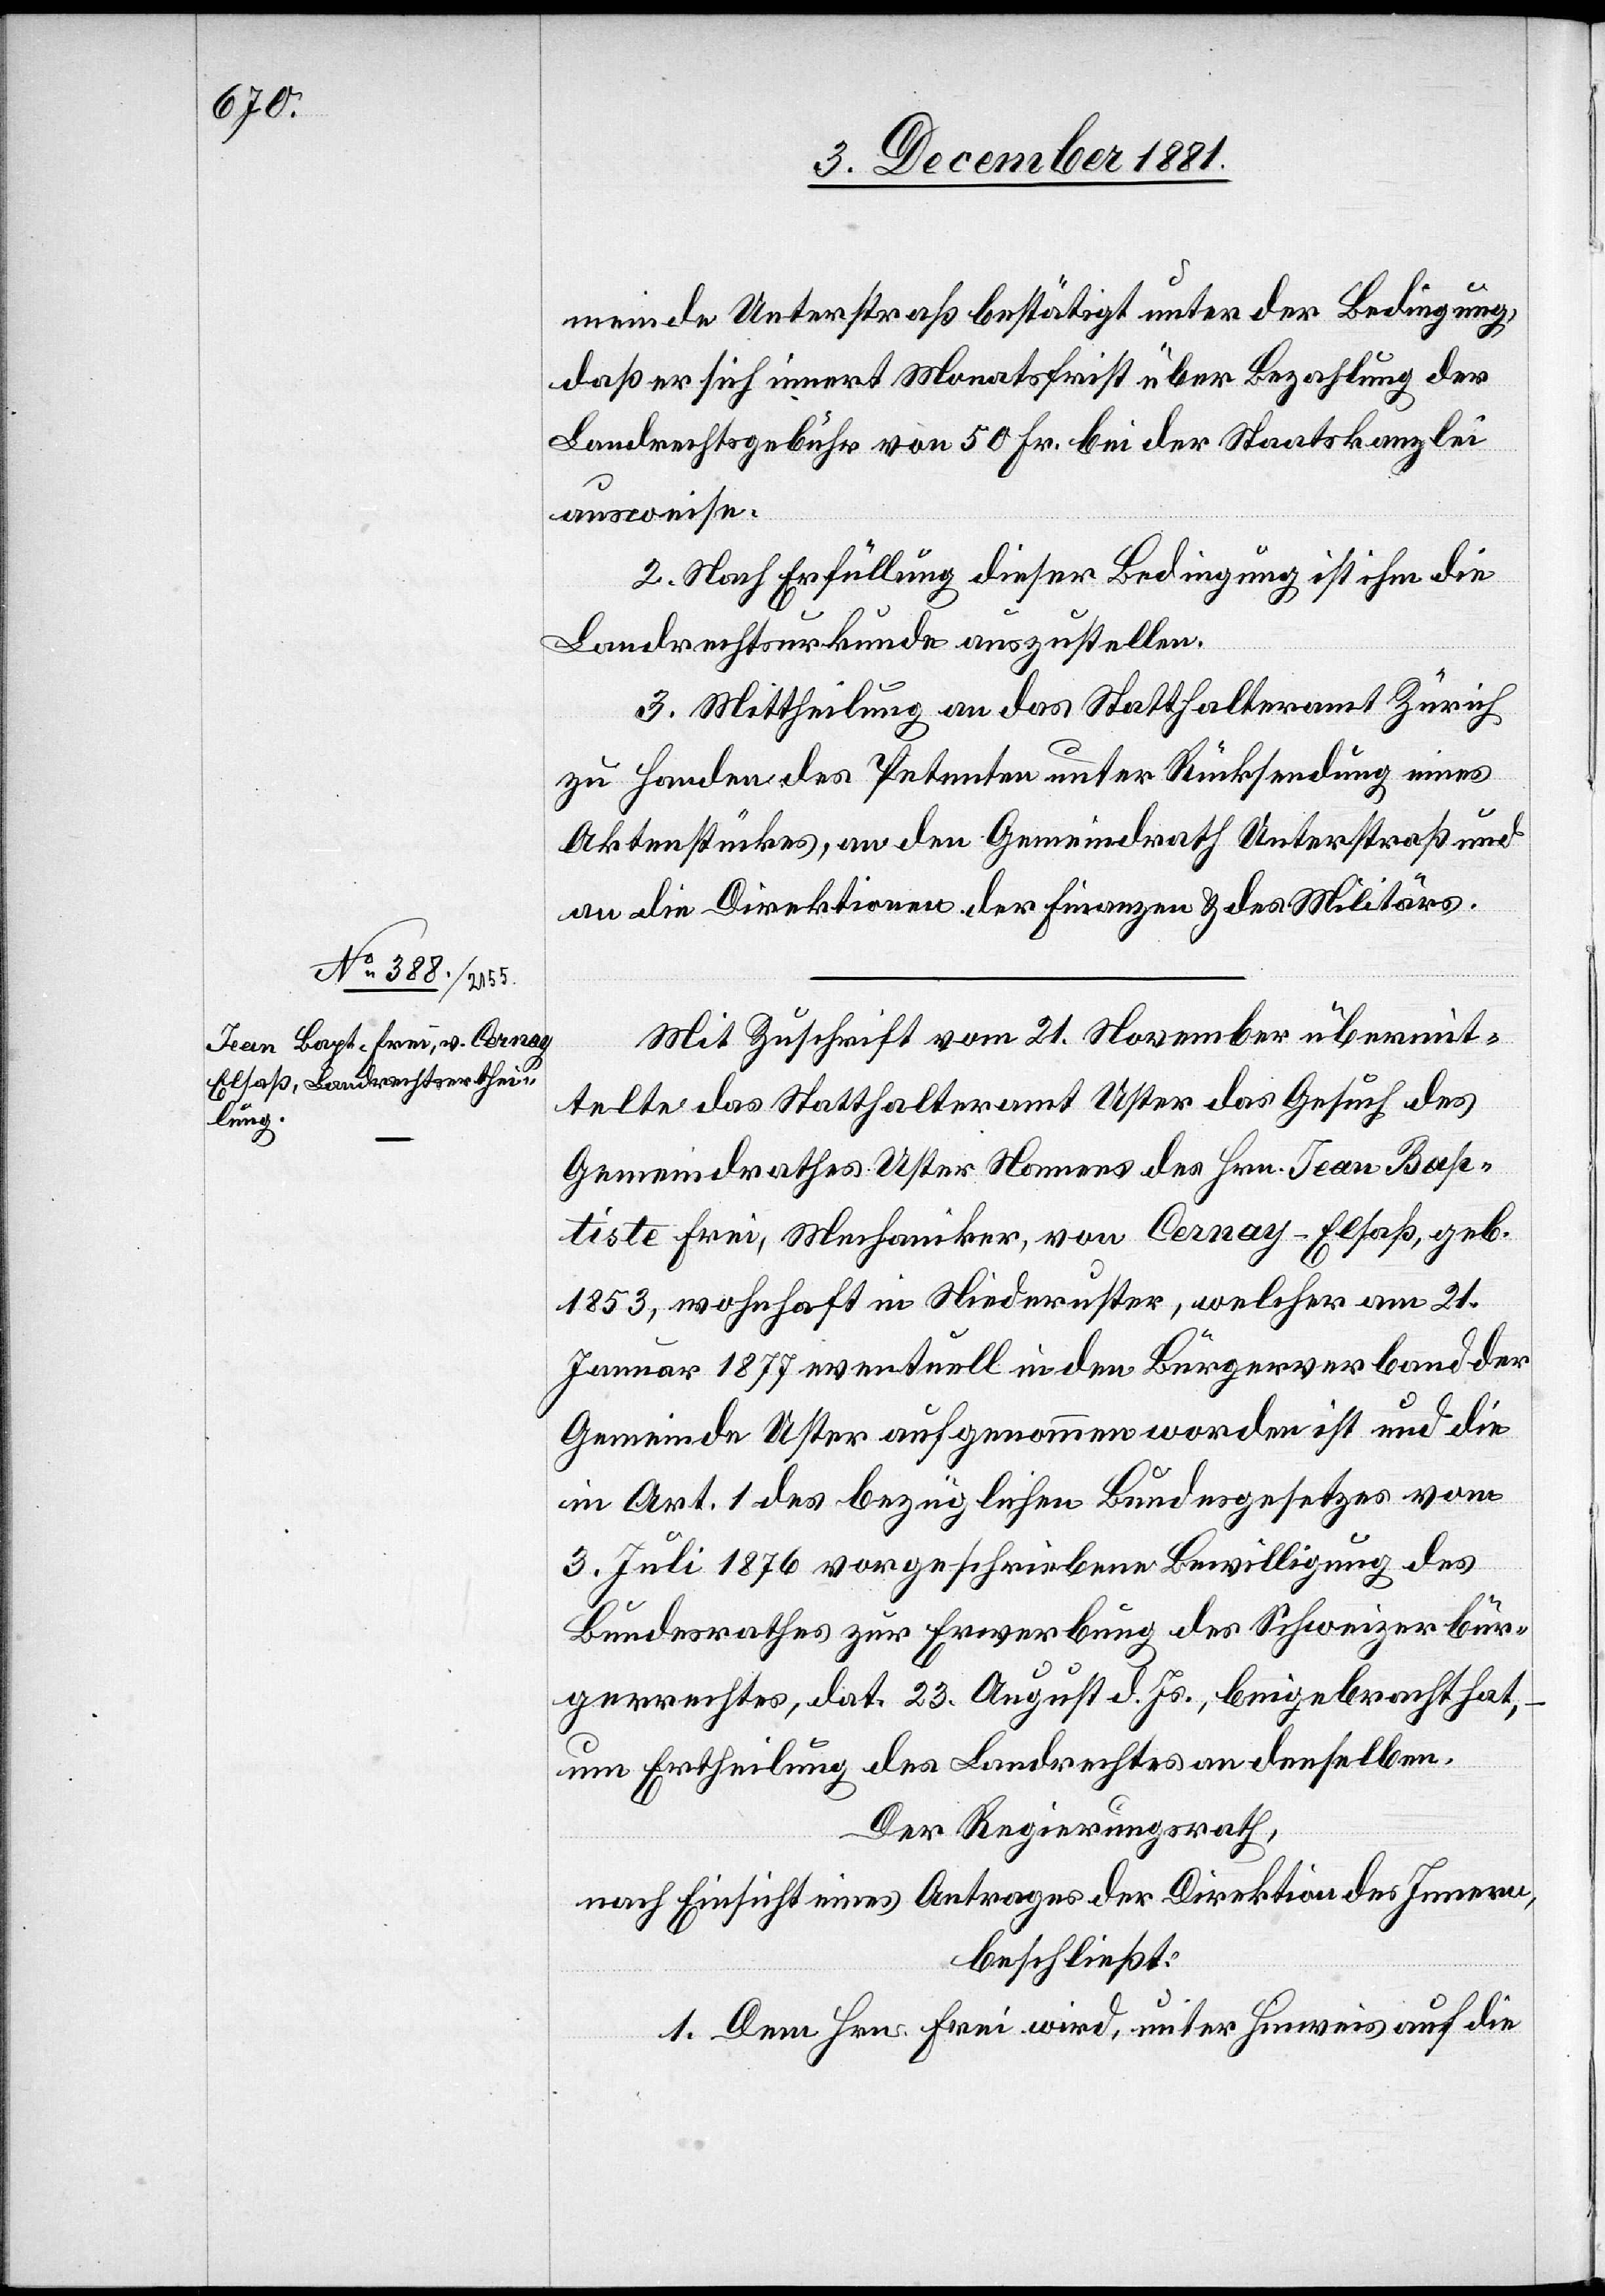
meinde Unterstraß bestätigt unter der Bedingung,
daß er sich innert Monatsfrist über Bezahlung der
Landrechtsgebühr von 50 Fr bei der Staatskanzlei
ausweise.
2. Nach Erfüllung dieser Bedingung ist ihm die
Landrechtsurkunde auszustellen.
3. Mittheilung an das Statthalteramt Zürich
zu Handen des Petenten unter Rücksendung eines
Aktenstückes, an den Gemeindrath Unterstraß und
an die Direktionen der Finanzen & des Militärs.
Mit Zuschrift vom 21. November übermit¬
telte das Statthalteramt Uster das Gesuch des
Gemeindrathes Uster Namens des Hrn. Jean Bap¬
tiste Frei, Mechaniker, von Cernay - Elsaß, geb.
1853, wohnhaft in Niederuster, welcher am 21.
Januar 1877 eventuell in den Bürgerverband der
Gemeinde Uster aufgenommen worden ist und die
in Art. 1 des bezüglichen Bundesgesetzes vom
3. Juli 1876 vorgeschriebene Bewilligung des
Bundesrathes zur Erwerbung des Schweizerbür¬
gerrechtes, dat. 23. August d. Js., beigebracht hat,
um Ertheilung des Landrechtes an denselben.
Der Regierungsrath,
nach Einsicht eines Antrages der Direktion des Innern,
beschließt:
1. Dem Hrn. Frei wird, unter Hinweis auf die